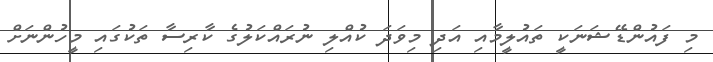
މި ފައުންޑޭޝަނަކީ ތައުލީމާއި އަދި މިވަދަ ކުއްލި ނުރައްކަލުގެ ކާރިސާ ތަކުގައި މީހުންނަށް